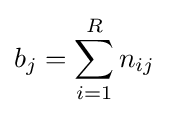
b_{j}=\sum _{i=1}^{R}n_{ij}